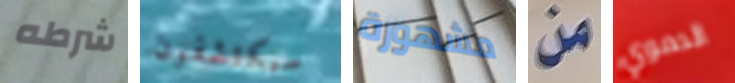
شرطه سيكتشفون مشهورة من الدموي